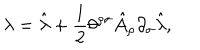
LaTeX: \lambda = \hat { \lambda } + \frac { 1 } { 2 } \theta ^ { \rho \sigma } \hat { A } _ { \rho } \partial _ { \sigma } \hat { \lambda } ,